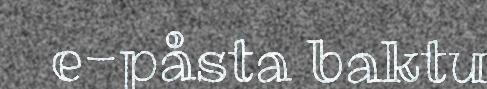
e-påsta baktu